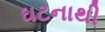
ઘટનાથી